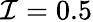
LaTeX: \mathcal{I}=0.5